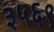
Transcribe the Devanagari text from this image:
३५६९